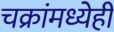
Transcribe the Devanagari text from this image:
चक्रांमध्येही